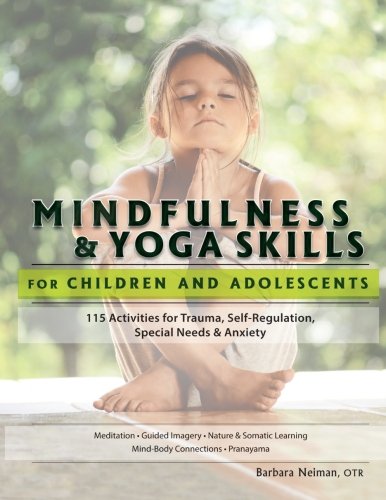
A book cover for Mindfulness & Yoga Skills for Children and Adolescents: 115 Activities for Trauma, Self-Regulation, Special Needs & Anxiety; Barbara Neiman; Medical Books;